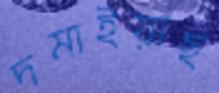
দমাইয়াছ